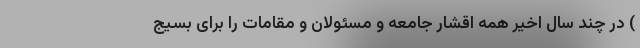
) در چند سال اخیر همه اقشار جامعه و مسئولان و مقامات را برای بسیج